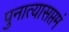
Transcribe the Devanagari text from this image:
पुनात्यासप्तमं